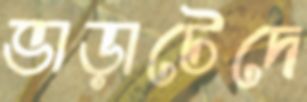
ভাড়াটেদে